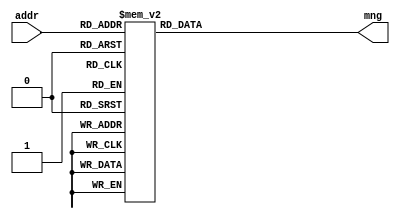
module dc_3_8 (
		input [2:0] addr,
		output reg [7:0] mng
);
	always @(*) case(addr)
		3'd0: mng = 8'b00000001;
		3'd1: mng = 8'b00000010;
		3'd2: mng = 8'b00000100;
		3'd3: mng = 8'b00001000;
		3'd4: mng = 8'b00010000;
		3'd5: mng = 8'b00100000;
		3'd6: mng = 8'b01000000;
		3'd7: mng = 8'b10000000;

		default: mng = 8'bzzzzzzzz;
		endcase

endmodule